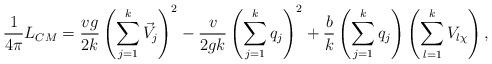
LaTeX: \begin{align*}\frac{1}{4\pi}L_{CM}= \frac{vg}{2k}\left(\sum_{j=1}^k\vec{V}_j\right)^2-\frac{v}{2gk}\left(\sum_{j=1}^kq_j\right)^2+\frac{b}{k}\left(\sum_{j=1}^k q_j\right)\left(\sum_{l=1}^k V_{l\chi}\right),\end{align*}